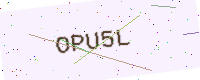
Text: OPU5L